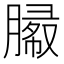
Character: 𰯓